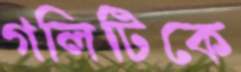
গলিটিকে